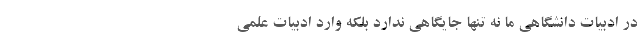
در ادبیات دانشگاهی ما نه تنها جایگاهی ندارد بلکه وارد ادبیات علمی